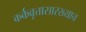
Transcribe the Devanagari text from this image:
कर्कवृत्तासारख्याच